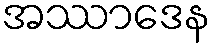
အဿာဒေန